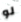
لو